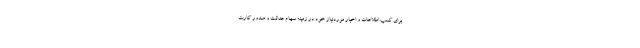
برای کسب اطلاعات و اخبار موردنیاز خود در زمینه سهام عدالت و صدور کارت